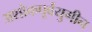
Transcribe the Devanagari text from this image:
अशोकपूर्वयुगीन